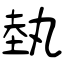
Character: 埶